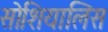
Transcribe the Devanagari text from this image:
सोशियालिस